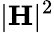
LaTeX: |\textbf{H}|^{2}